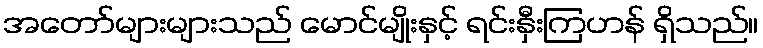
အတော်များများသည် မောင်မျိုးနှင့် ရင်းနှီးကြဟန် ရှိသည်။